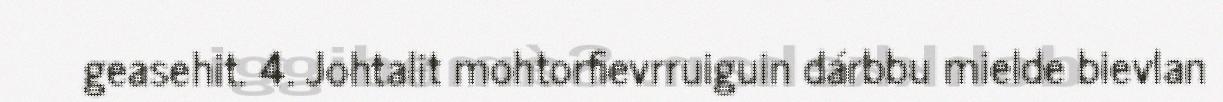
geasehit. 4. Johtalit mohtorfievrruiguin dárbbu mielde bievlan